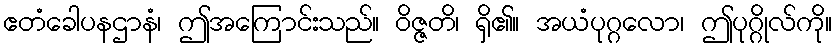
ဧတံခေါပနဌာနံ၊ ဤအကြောင်းသည်။ ဝိဇ္ဇတိ၊ ရှိ၏။ အယံပုဂ္ဂလော၊ ဤပုဂ္ဂိုလ်ကို။